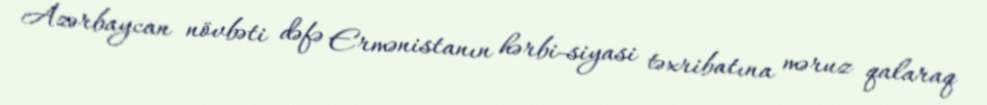
Azərbaycan növbəti dəfə Ermənistanın hərbi-siyasi təxribatına məruz qalaraq